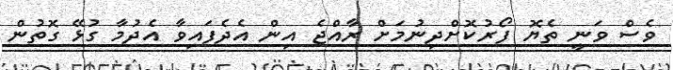
ވެސް ވަނީ ތެޔޮ ފޯރުކޮށްދިނުމަށް ރާއްޖެ އިން އެދެފައިވާ އެދުމާ ގުޅޭ ގޮތުން